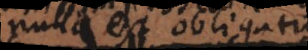
nulla est obligatio.